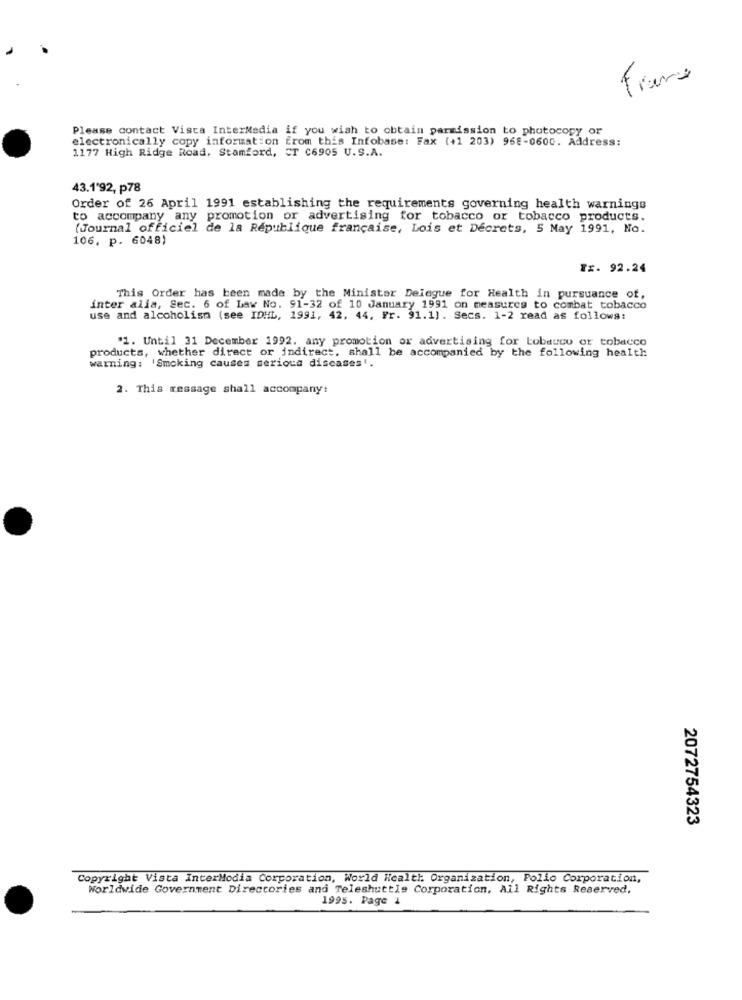
France
Please contact Vista InterMedia if you wish to obtain parmission to photocopy or
electronically copy information from this Infobase: Fax (+1 203) 968-0600. Address:
1177 High Ridge Road. Stamford, CT C6905 U.S.A.
43.1'92, p78
Order of 26 April 1991 establishing the requirements governing health warnings
to accompany any promotion or advertising for tobacco or tobacco products.
(Journal officiel de la République française, Lois et Decrets, 5 May 1991, No.
106. p. 6048)
Tx. 92.24
This Order has been made by the Minister Delegue for Health in pursuance of,
inter alia, Sec. 6 of Law No. 91-32 of 10 January 1991 on measures to combat tobacco
use and alcoholism (see IDHL, 1991, 42. 44. Fr. 91.1). Secs. 1-2 read as follows:
"1. Until 31 December 1992. any promotion or advertising for Lobauco or tobacco
warning: 'Smoking causes serious diseases'.
products, whether direct or indirect. shall be accompanied by the following health
2. This message shall accompany:
2072754323
Copyright Vista InterModia Corporation, World Health Organization, Pollo Corporation,
Worldwide Government Directories and Teleshuttle Corporation, All Rights Reserved.
1995. Page 1